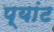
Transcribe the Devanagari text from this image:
प्यांट